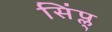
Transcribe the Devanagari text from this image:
सिंप्ल्